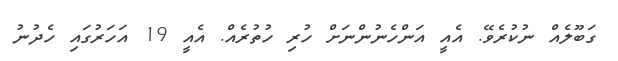
ގަބޫލެއް ނުކުރެވޭ. އެއީ އަންހެނުންނަށް ހުރި ހުތުރެއް. އެއީ 19 އަހަރުގައި ހެދުނު